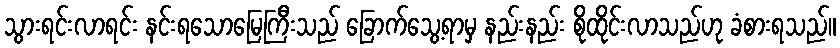
သွားရင်းလာရင်း နင်းရသောမြေကြီးသည် ခြောက်သွေ့ရာမှ နည်းနည်း စိုထိုင်းလာသည်ဟု ခံစားရသည်။